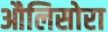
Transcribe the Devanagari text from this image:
औलिसोरा